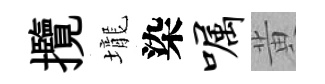
攬壠染嘱黄